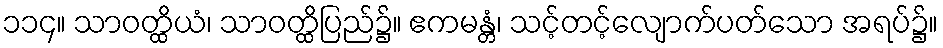
၁၁၄။ သာဝတ္ထိယံ၊ သာဝတ္ထိပြည်၌။ ဧကမန္တံ၊ သင့်တင့်လျောက်ပတ်သော အရပ်၌။